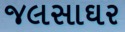
જલસાઘર